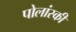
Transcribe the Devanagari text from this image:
पोलांस्की